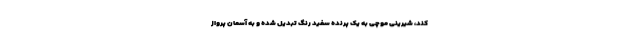
کند، شیرینی موچی به یک پرنده سفید رنگ تبدیل شده و به آسمان پرواز